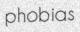
phobias